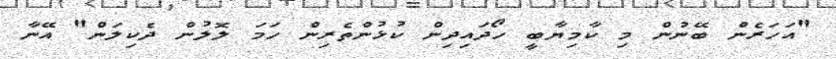
"އަހަރެން ބޭނުން މި ކާމިޔާބީ ހޯދައިދިން ކުޅުންތެރިން ހަމަ ލޮލުން ދެކިލަން" އޭނާ